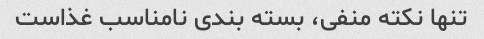
تنها نکته منفی، بسته بندی نامناسب غذاست